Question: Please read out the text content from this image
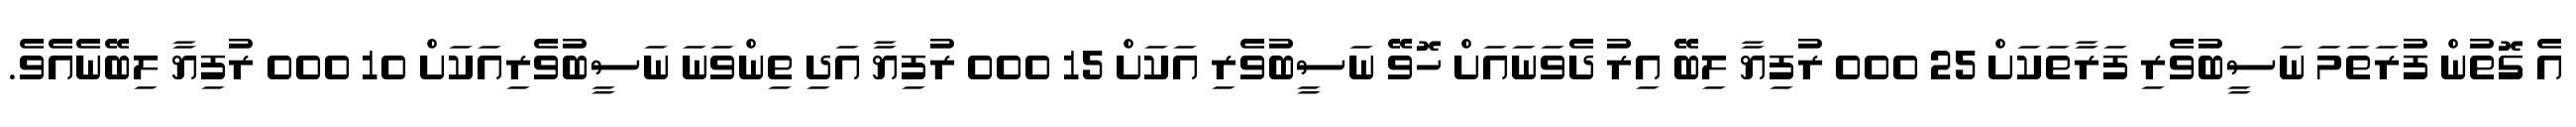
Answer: އެ ގޮތުން ފުރަތަމަ ނަސީބުވެރި ފަރާތަކަށް 25 000 ރުފިޔާ ލިބޭ އިރު ދެވަނައަށް ހޮވޭ ނަސީބުވެރި އަކަށް 15 000 ރުފިޔާ އަދި ތިންވަނަ ނަސީބުވެރިއަކަށް 10 000 ރުފިޔާ ލިބޭނެއެވެ.